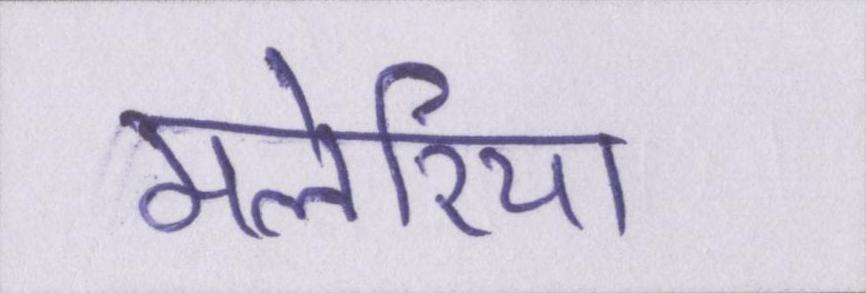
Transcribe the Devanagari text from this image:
मलेरिया